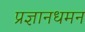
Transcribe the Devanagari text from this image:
प्रज्ञानधमन